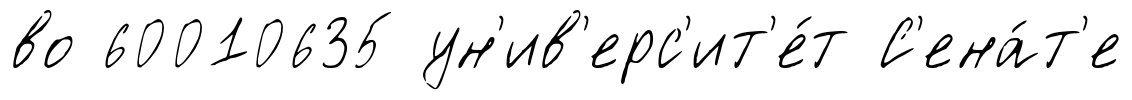
во 60010635 ун'ив'ерс'ит'е́т С'ена́т'е